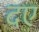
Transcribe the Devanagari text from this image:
दए